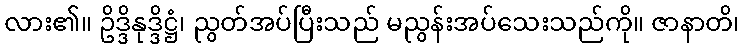
လား၏။ ဥိဒ္ဒိနုဒ္ဒိဋ္ဌံ၊ ညွတ်အပ်ပြီးသည် မညွန်းအပ်သေးသည်ကို။ ဇာနာတိ၊